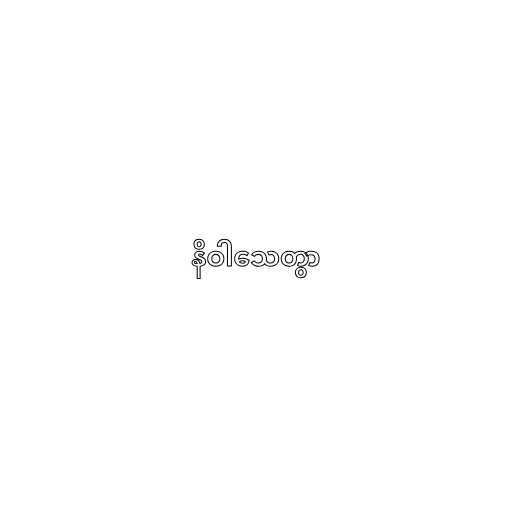
နိဝါသေတွာ